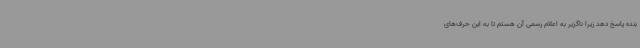
بنده پاسخ دهد زیرا ناگزیر به اعلام رسمی آن هستم تا به این حرف‌های